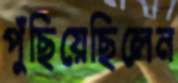
পুঁছিয়েছিলেন